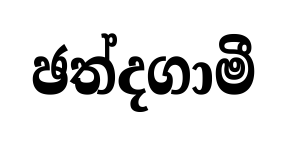
ඡත්දගාමී